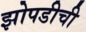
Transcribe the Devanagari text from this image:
झोपडीची